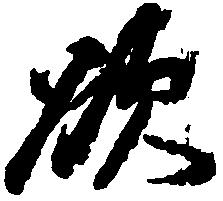
欲